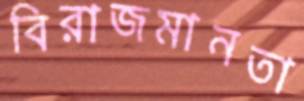
বিরাজমানতা